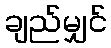
ချည်မျှင်